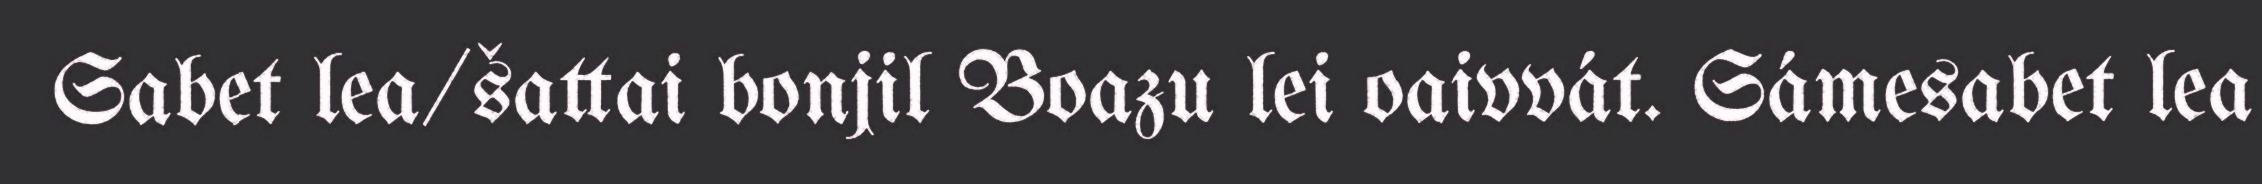
Sabet lea/šattai bonjil Boazu lei oaivvát. Sámesabet lea